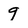
Character: 9